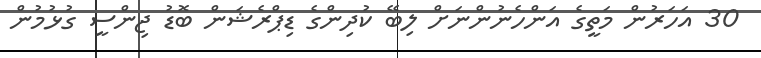
30 އަހަރުން މަތީގެ އަންހެނުންނަށް ލިބޭ ކުދިންގެ ޑިޕްރެޝަން ބޮޑު ޖިންސީ ގުޅުމުން